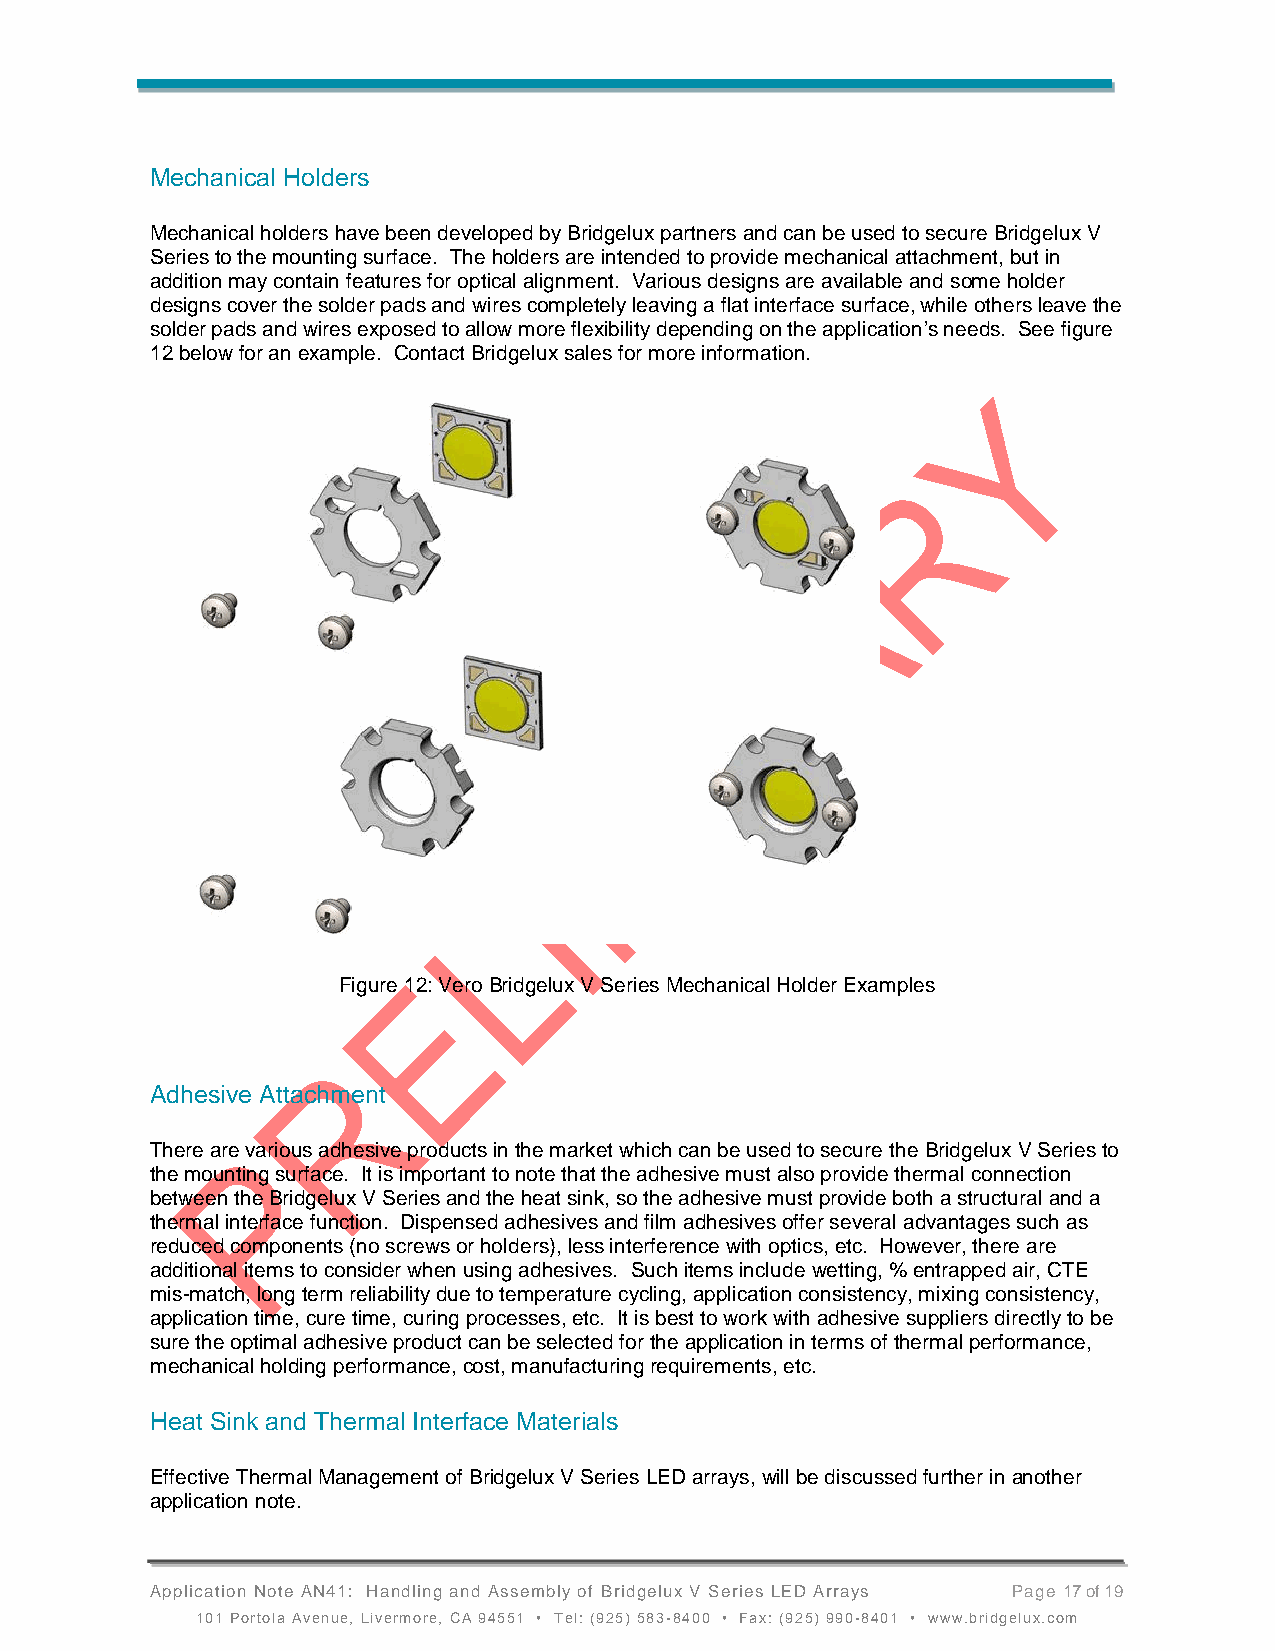
Mechanical Holders
 Mechanical holders have been developed by Bridgelux partners and can be used to secure Bridgelux V
 Series to the mounting surface. The holders are intended to provide mechanical attachment, but in
 addition may contain features for optical alignment. Various designs are available and some holder
 designs cover the solder pads and wires completely leaving a flat interface surface, while others leave the
 solder pads and wires exposed to allow more flexibility depending on the application’s needs. See figure
 12 below for an example. Contact Bridgelux sales for more information.
 Figure 12: Vero Bridgelux V Series Mechanical Holder Examples
 Adhesive Attachment
 There are various adhesive products in the market which can be used to secure the Bridgelux V Series to
 the mounting surface. It is important to note that the adhesive must also provide thermal connection
 between the Bridgelux V Series and the heat sink, so the adhesive must provide both a structural and a
 thermal interface function. Dispensed adhesives and film adhesives offer several advantages such as
 reduced components (no screws or holders), less interference with optics, etc. However, there are
 additional items to consider when using adhesives. Such items include wetting, % entrapped air, CTE
 mis-match, long term reliability due to temperature cycling, application consistency, mixing consistency,
 application time, cure time, curing processes, etc. It is best to work with adhesive suppliers directly to be
 sure the optimal adhesive product can be selected for the application in terms of thermal performance,
 mechanical holding performance, cost, manufacturing requirements, etc.
 Heat Sink and Thermal Interface Materials
 Effective Thermal Management of Bridgelux V Series LED arrays, will be discussed further in another
 application note.
 Application Note AN41: Handling and Assembly of Bridgelux V Series LED Arrays Page 17 of 19
 101 Portola Avenue, Livermore, CA 94551 • Tel: (925) 583-8400 • Fax: (925) 990-8401 • www.bridgelux.com